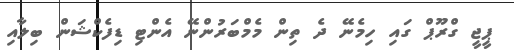
ޕީޖީ ގްރޫޕް ގައި ހިމެނޭ ދެ ތިން މެމްބަރުންނޭ އެންޓި ޑިފެކްޝަން ބިލާއި